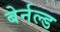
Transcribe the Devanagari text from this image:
बेर्नल्ड